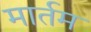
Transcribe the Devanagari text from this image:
मार्तम